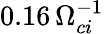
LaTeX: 0.16\, \Omega_{ci}^{-1}